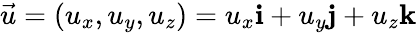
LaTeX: {\vec{u}}=(u_{x},u_{y},u_{z})=u_{x}\mathbf{i}+u_{y}\mathbf{j}+u_{z}\mathbf{k}